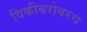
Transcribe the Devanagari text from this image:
विकीबरोबरच